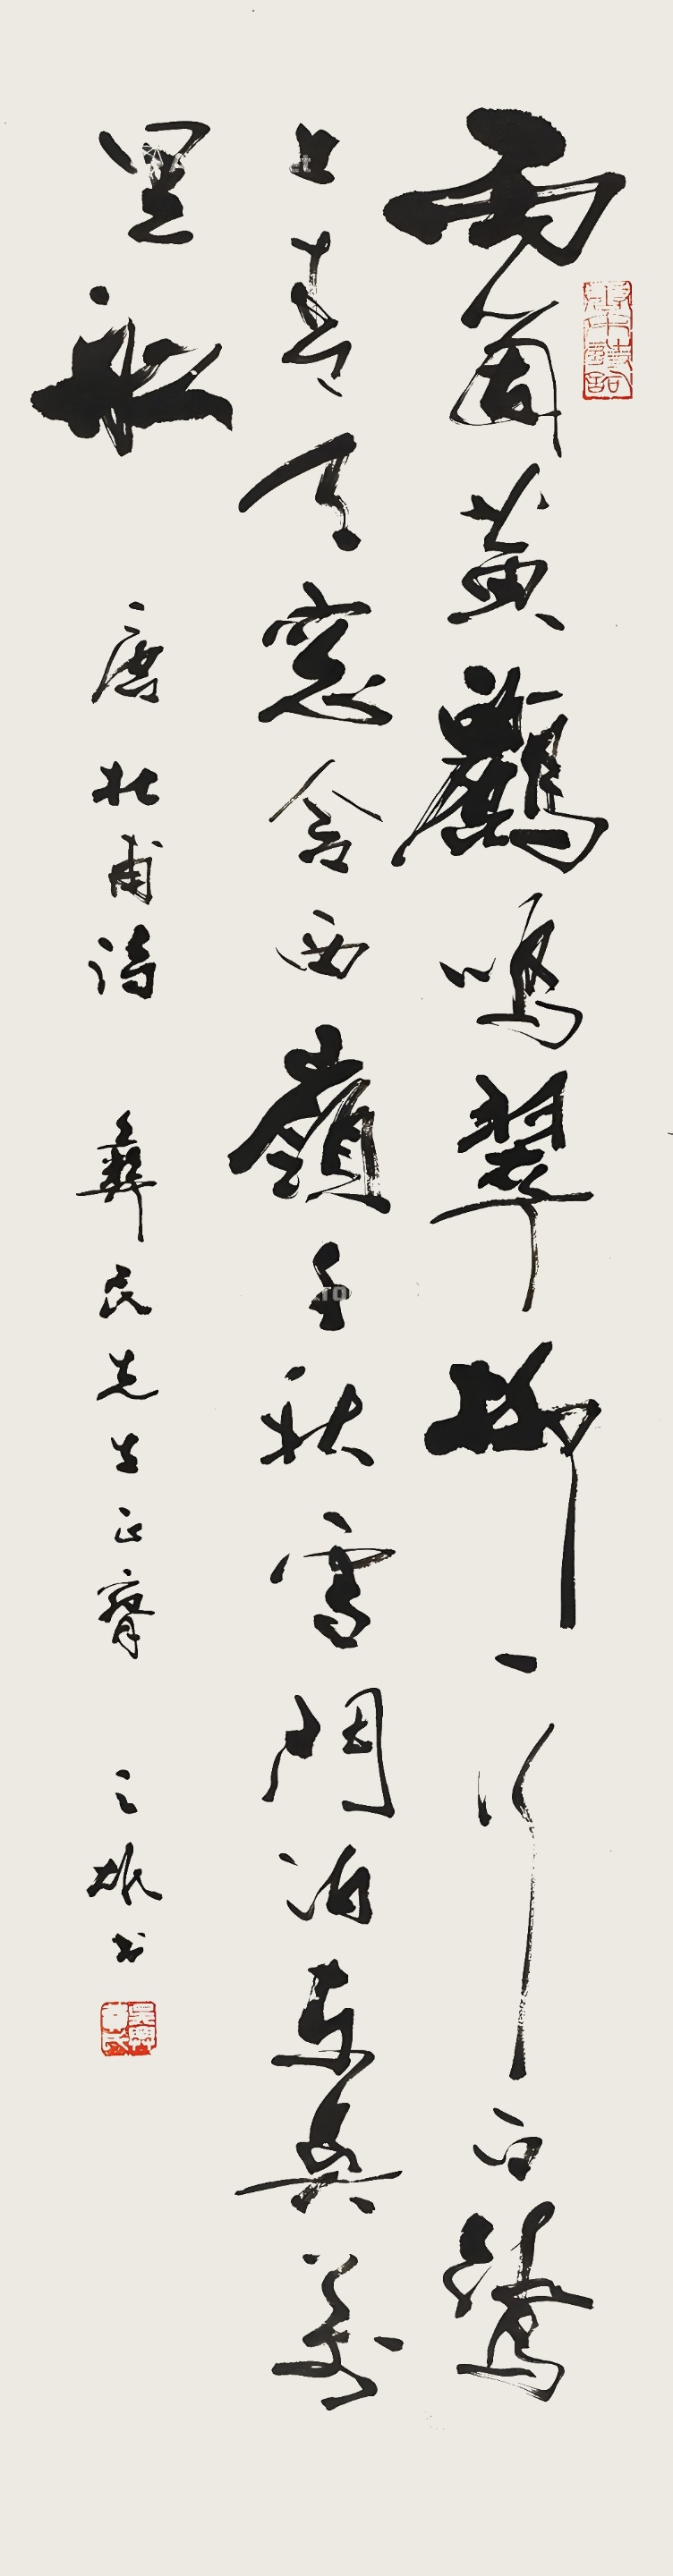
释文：两个黄鹂鸣翠柳，一行白鹭上青天。窗含西岭千秋雪，门泊东吴万里船。唐杜甫诗，彝民先生正腕，之雄书。